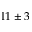
1 1 \pm 3